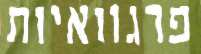
פרגוואיות